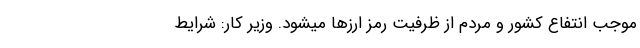
موجب انتفاع کشور و مردم از ظرفیت رمز ارزها میشود. وزیر کار: شرایط